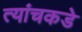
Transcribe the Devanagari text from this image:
त्यांचकडे